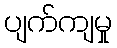
ပျက်ကျမှု